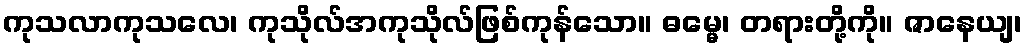
ကုသလာကုသလေ၊ ကုသိုလ်အကုသိုလ်ဖြစ်ကုန်သော။ ဓမ္မေ၊ တရားတို့ကို။ ဇာနေယျ၊